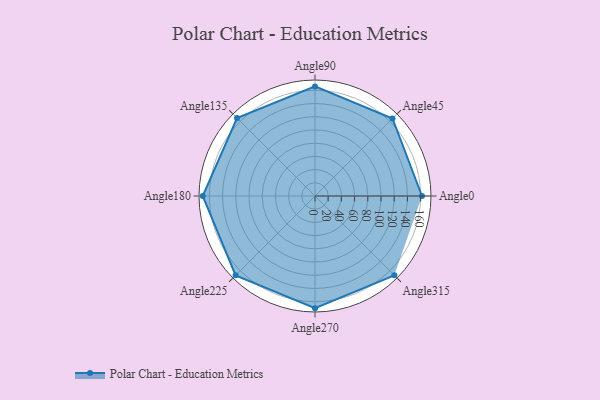
{"axis": {"x": "Angle", "y": "Radius"}, "legend": [""], "data": [{"x": "Angle0", "y": 162.0, "type": ""}, {"x": "Angle45", "y": 166.0, "type": ""}, {"x": "Angle90", "y": 166.0, "type": ""}, {"x": "Angle135", "y": 167.0, "type": ""}, {"x": "Angle180", "y": 170, "type": ""}, {"x": "Angle225", "y": 170, "type": ""}, {"x": "Angle270", "y": 170, "type": ""}, {"x": "Angle315", "y": 170, "type": ""}]}